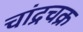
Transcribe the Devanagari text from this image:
चांद्रचक्र